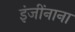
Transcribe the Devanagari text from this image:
इंजींनाना